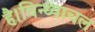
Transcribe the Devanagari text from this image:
है।विन्ध्याचल